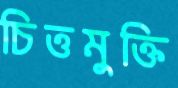
চিত্তমুক্তি